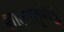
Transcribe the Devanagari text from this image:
शालातृणेषु